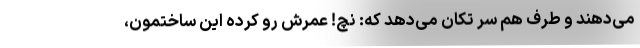
می‌دهند و طرف هم سر تکان می‌دهد که: نُچ! عمرش رو کرده این ساختمون،